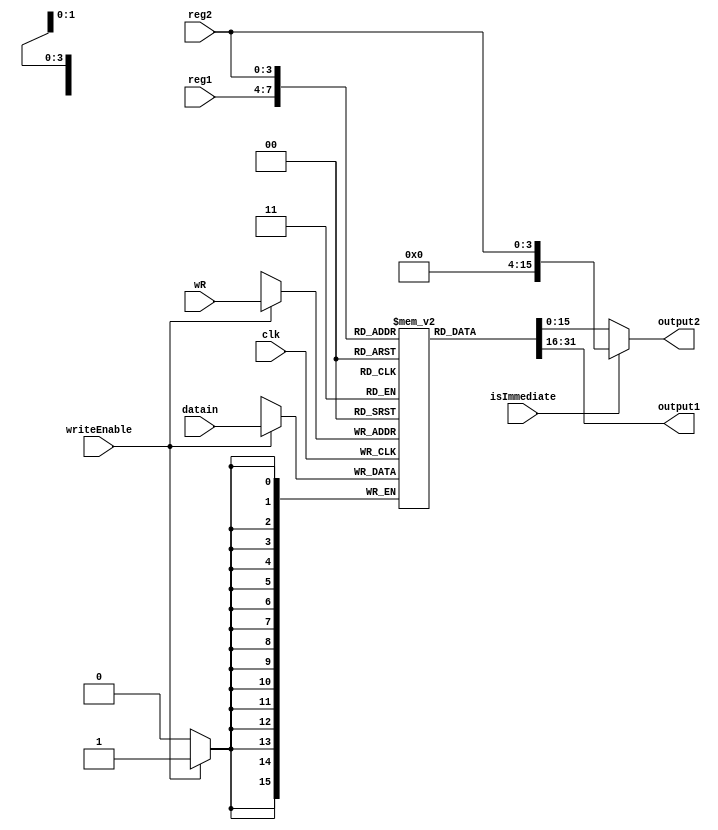
module registerFile(wR,writeEnable,clk,datain,output1,output2,reg1,reg2,isImmediate);
	input [3:0] wR,reg1,reg2;
	input writeEnable,clk;
	input [15:0] datain;
	output reg [15:0] output1,output2;
	input isImmediate;
	reg [15:0] register[0:15];
	reg [15:0] extImm;
	integer i;
	initial begin
		for(i=0;i<16;i=i+1)
			register[i] = 16'h0000;

	end
	always @(posedge clk)
	begin
		if(writeEnable) begin
			register[wR] <=datain;
		end
	end
	always @(*)begin
		output1 = register[reg1];
		if (isImmediate==1)
			output2=reg2;
		else
			output2=register[reg2];
	end


endmodule